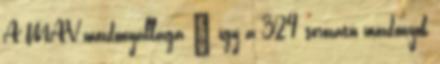
A MÁV mozdonyállaga – így a 324 sorozatú mozdonyok